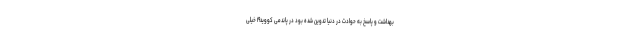
بهداشت و پاسخ به حوادث در دنیا تدوین شده بود در پاندمی کووید۱۹ خیلی